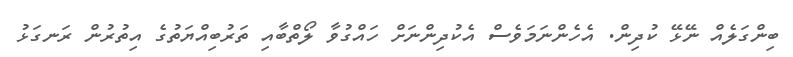
ބިންގަލެއް ނޭޅޭ ކުދިން. އެހެންނަމަވެސް އެކުދިންނަށް ހައްގުވާ ލޯތްބާއި ތަރުބިއްޔަތުގެ އިތުރުން ރަނގަޅު